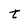
Character: t